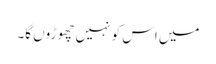
میں اس کو نہیں چھوڑوں گا۔